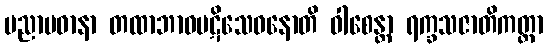
ပညာပဓာနာ တထာဘာဝပဋိသေဓနောတိ ဝါစေန္တာ ရက္ခသဇာတိကတ္တာ